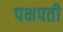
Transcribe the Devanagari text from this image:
पक्षपती